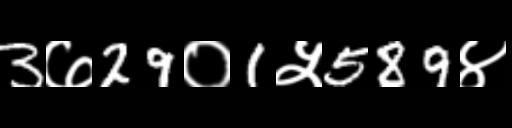
Text: 3७29०1५589४